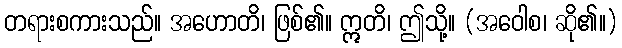
တရားစကားသည်။ အဟောတိ၊ ဖြစ်၏။ ဣတိ၊ ဤသို့။ (အဝေါစ၊ ဆို၏။)